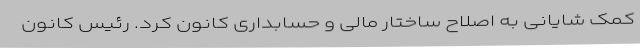
کمک شایانی به اصلاح ساختار مالی و حسابداری کانون کرد. رئیس کانون